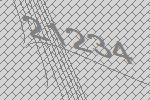
21234